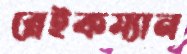
ব্লেইকম্যান